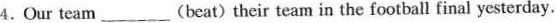
4.Our team ___ (beat) their team in the football final yesterday.